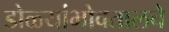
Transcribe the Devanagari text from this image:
डोळ्यांभोवतालचे